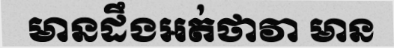
មានដឹងអត់ថាវា មាន